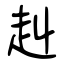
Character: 赳